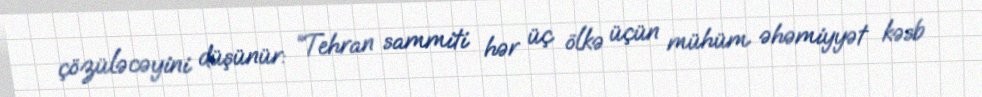
çözüləcəyini düşünür: “Tehran sammiti hər üç ölkə üçün mühüm əhəmiyyət kəsb